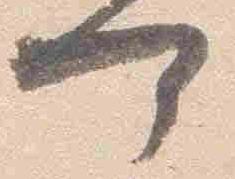
可